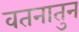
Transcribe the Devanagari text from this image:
वतनातुन